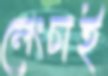
লেংচাই